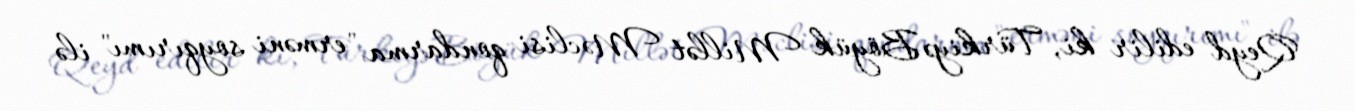
Qeyd edilir ki, Türkiyə Böyük Millət Məclisi qondarma "erməni soyqırımı" ilə